Indian journal of veterinary science and animal husbandry - Volume 10,
Year: 1940
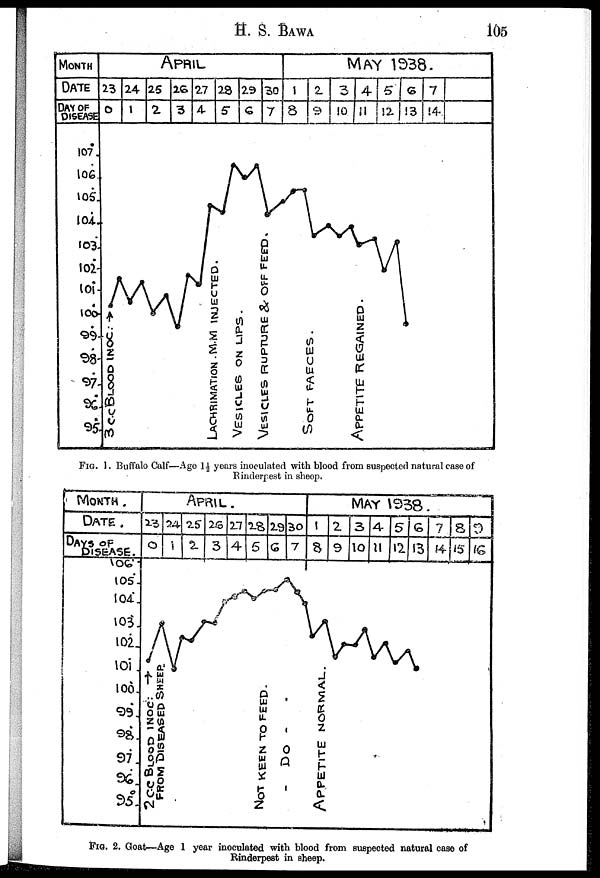
H. S.
BAWA
105
FIG. 1. Buffalo Calf—Age 1½ years inoculated with blood from suspected natural case of
Rinderpest in sheep.
FIG. 2. Goat—Age 1 year inoculated with blood from suspected natural case of
Rinderpest in sheep.